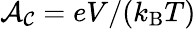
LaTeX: {\cal A_{C}}=eV/(k_{\mathrm{B}}T)